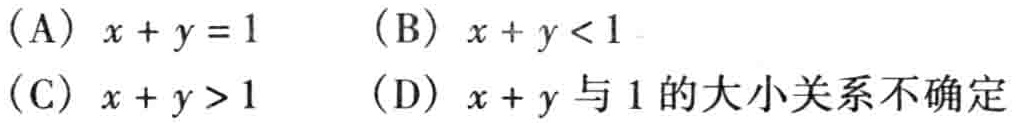
(A) \(x + y = 1\)  (B) \(x + y < 1\)
(C) \(x + y > 1\)  (D) \(x + y\)与\(1\)的大小关系不确定